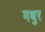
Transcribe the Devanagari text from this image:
मथुर